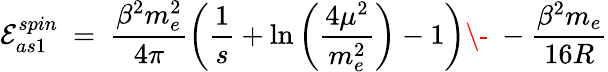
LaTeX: {\cal E}_{as1}^{spin}\ =\ \frac{\beta^{2}m_{e}^{2}}{4\pi}\left(\frac 1s+\ln\left(\frac{4\mu^{2}}{m_{e}^{2}}\right)-1\right)\- \ -\frac{\beta^{2}m_{e}}{16R}